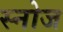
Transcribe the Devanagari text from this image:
स्नोज